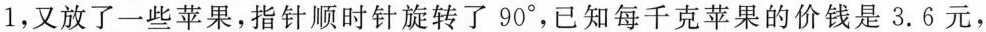
1，又放了一些苹果，指针顺时针旋转了90^ { \circ }，已知每千克苹果的价钱是3.6元，